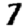
Digit: 7